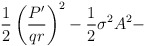
\begin{align*}\frac{1}{2}\left(\frac{P'}{qr}\right)^2 -\frac{1}{2} \sigma^2 A^2 -\end{align*}